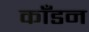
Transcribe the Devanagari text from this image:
काँडन